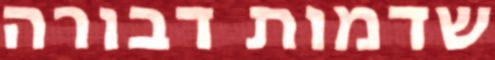
שדמות דבורה